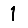
Digit: 1